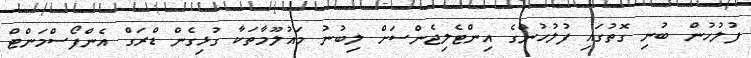
ފުލުހުން ބުނި ގޮތުގައި ފުލުހުންގެ އިންޓެލިޖެންސަށް ލިބުނު މައުލޫމާތަކާ ގުޅިގެން ޑްރަގް އެންފޯސްމަންޓް